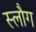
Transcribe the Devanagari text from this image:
स्लौग